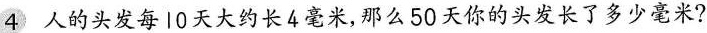
4 人的头发每l0天大约长4毫米，那么50天你的头发长了多少毫米?